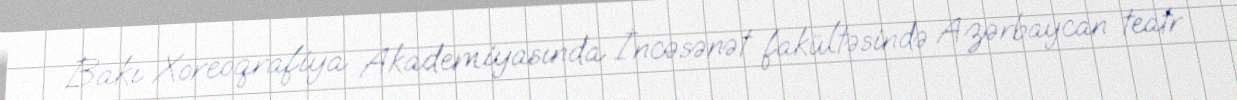
Bakı Xoreoqrafiya Akademiyasında İncəsənət fakültəsində Azərbaycan teatr